Problem: 1 + 50 = ?
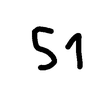
Handwritten answer: 51